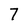
Character: 7